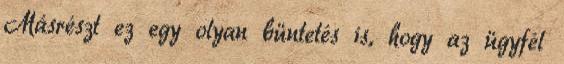
Másrészt ez egy olyan büntetés is, hogy az ügyfél